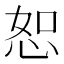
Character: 恕